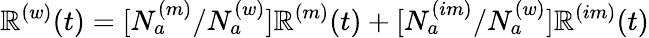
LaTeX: \mathbb{R}^{(w)}(t)=[N_{a}^{(m)}/N_{a}^{(w)}]\mathbb{R}^{(m)}(t)+[N_{a}^{(im)}/N_{a}^{(w)}]\mathbb{R}^{(im)}(t)